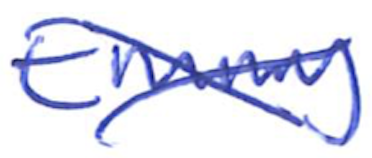
Text: Emmy
Cross-out: cross
Writing tool: ballpoint